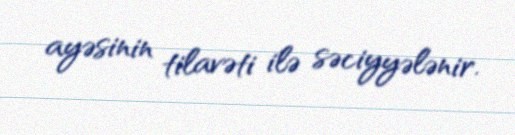
ayəsinin tilavəti ilə səciyyələnir.